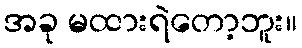
အခု မထားရဲတော့ဘူး။